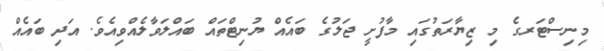
މިނިސްޓަރގެ މި ޒިޔާރަތުގައި މާފުށީ ޖަލުގެ ބައެއް ޔުނިޓްތައް ބައްލަވާލެއްވިއެވެ. އަދި ބައެއް